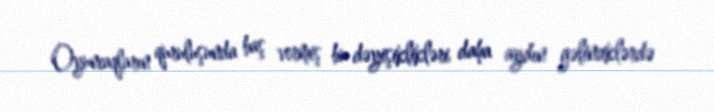
Oyuncaqların quruluşunda baş vermiş bu dəyişiklikləri daha aydın gəlinciklərdə